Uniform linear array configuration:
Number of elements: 4
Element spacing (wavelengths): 1
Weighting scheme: exponential
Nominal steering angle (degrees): -15
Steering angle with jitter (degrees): -15.158
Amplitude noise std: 0.05
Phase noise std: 0.05

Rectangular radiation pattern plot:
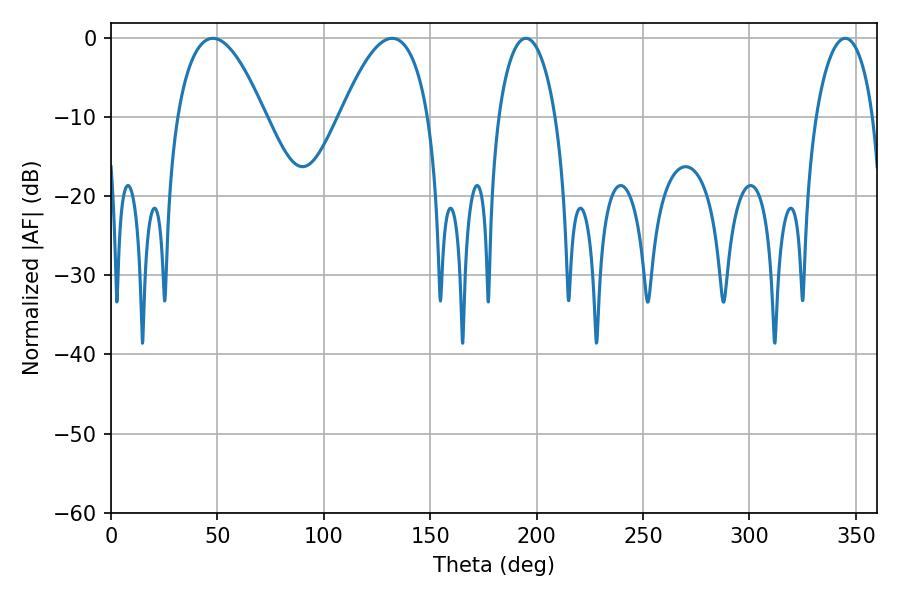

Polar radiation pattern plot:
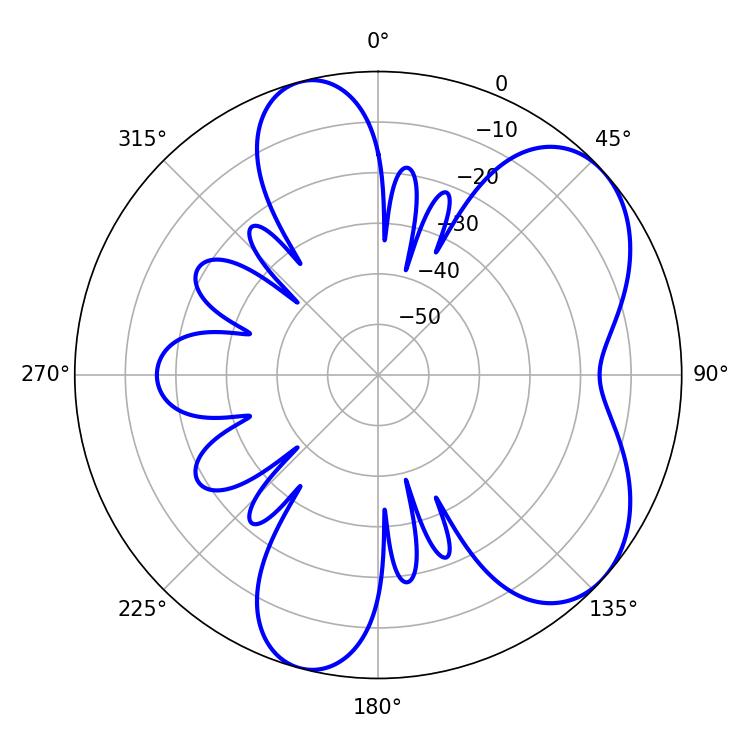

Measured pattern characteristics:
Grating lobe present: TRUE
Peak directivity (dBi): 6.03
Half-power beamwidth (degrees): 22.68
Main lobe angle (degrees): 47.88